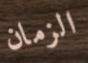
الزمان